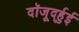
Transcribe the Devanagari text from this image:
दॉजूर्द्हुई